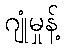
ဂျုံမှုန့်